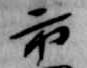
市